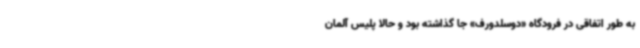
به طور اتفاقی در فرودگاه «دوسلدورف» جا گذاشته بود و حالا پلیس آلمان